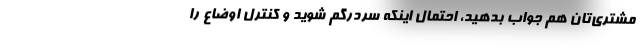
مشتری‌تان هم جواب بدهید، احتمال اینکه سردرگم شوید و کنترل اوضاع را